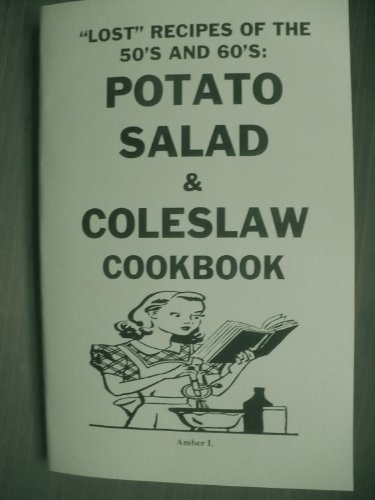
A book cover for Lost Recipes of the 50's and 60's Potato Salad & Coleslaw Cookbook By Amber I.; Amber I; Cookbooks, Food & Wine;